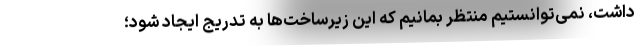
داشت، نمی‌توانستیم منتظر بمانیم که این زیرساخت‌ها به تدریج ایجاد شود؛